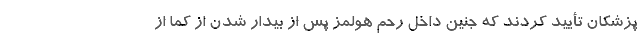
پزشکان تأیید کردند که جنین داخل رحم هولمز پس از بیدار شدن از کما از